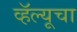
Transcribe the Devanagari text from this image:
व्हॅल्यूचा